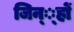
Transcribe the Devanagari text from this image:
जिन््हों